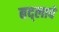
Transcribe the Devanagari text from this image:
बद्लावे